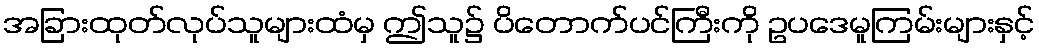
အခြားထုတ်လုပ်သူများထံမှ ဤသူ၌ ပိတောက်ပင်ကြီးကို ဥပဒေမူကြမ်းများနှင့်